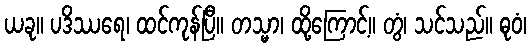
ယခု။ ပဒိဿရေ၊ ထင်ကုန်ပြီ။ တသ္မာ၊ ထို့ကြောင့်။ တွံ၊ သင်သည်။ ဓုဝံ၊